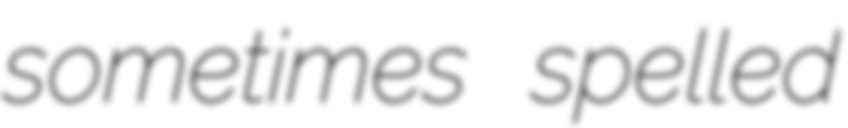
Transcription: sometimes spelled